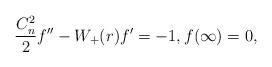
LaTeX: \begin{align*}\frac {C_n^2}{2} f'' - W_+(r) f' = -1, f(\infty)=0, \end{align*}